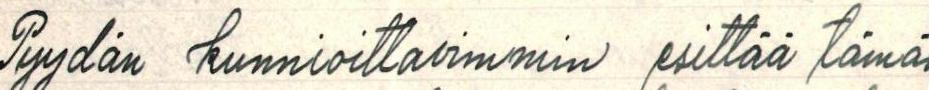
Pyydän kunnioittavimmin esittää tämä